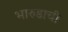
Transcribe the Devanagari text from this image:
भारुडाची